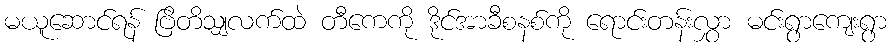
မယူဆောင်ရန် ဗြိတိသျှလက်ထဲ တီကေကို ဒိုင်အာခီစနစ်ကို ရောင်းတန်းလွှာ မင်းရွာကျေးရွာ